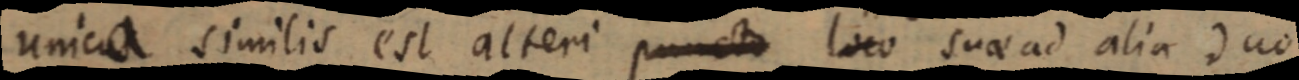
unica similis est alteri puncta loco suae ad alia duo